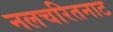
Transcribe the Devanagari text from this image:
नलचरितनाट